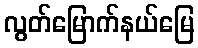
လွတ်မြောက်နယ်မြေ